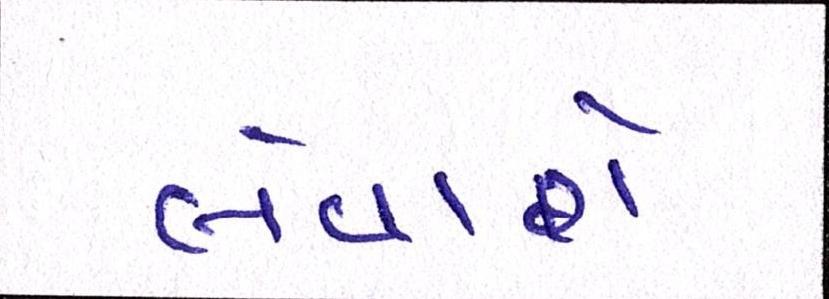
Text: લેવાશે